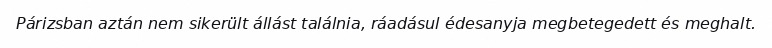
Párizsban aztán nem sikerült állást találnia, ráadásul édesanyja megbetegedett és meghalt.